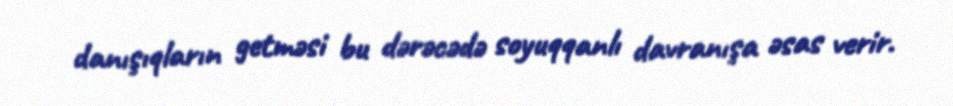
danışıqların getməsi bu dərəcədə soyuqqanlı davranışa əsas verir.